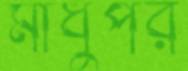
মাধুপর